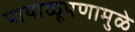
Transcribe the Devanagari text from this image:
पायाळूपणामुळे